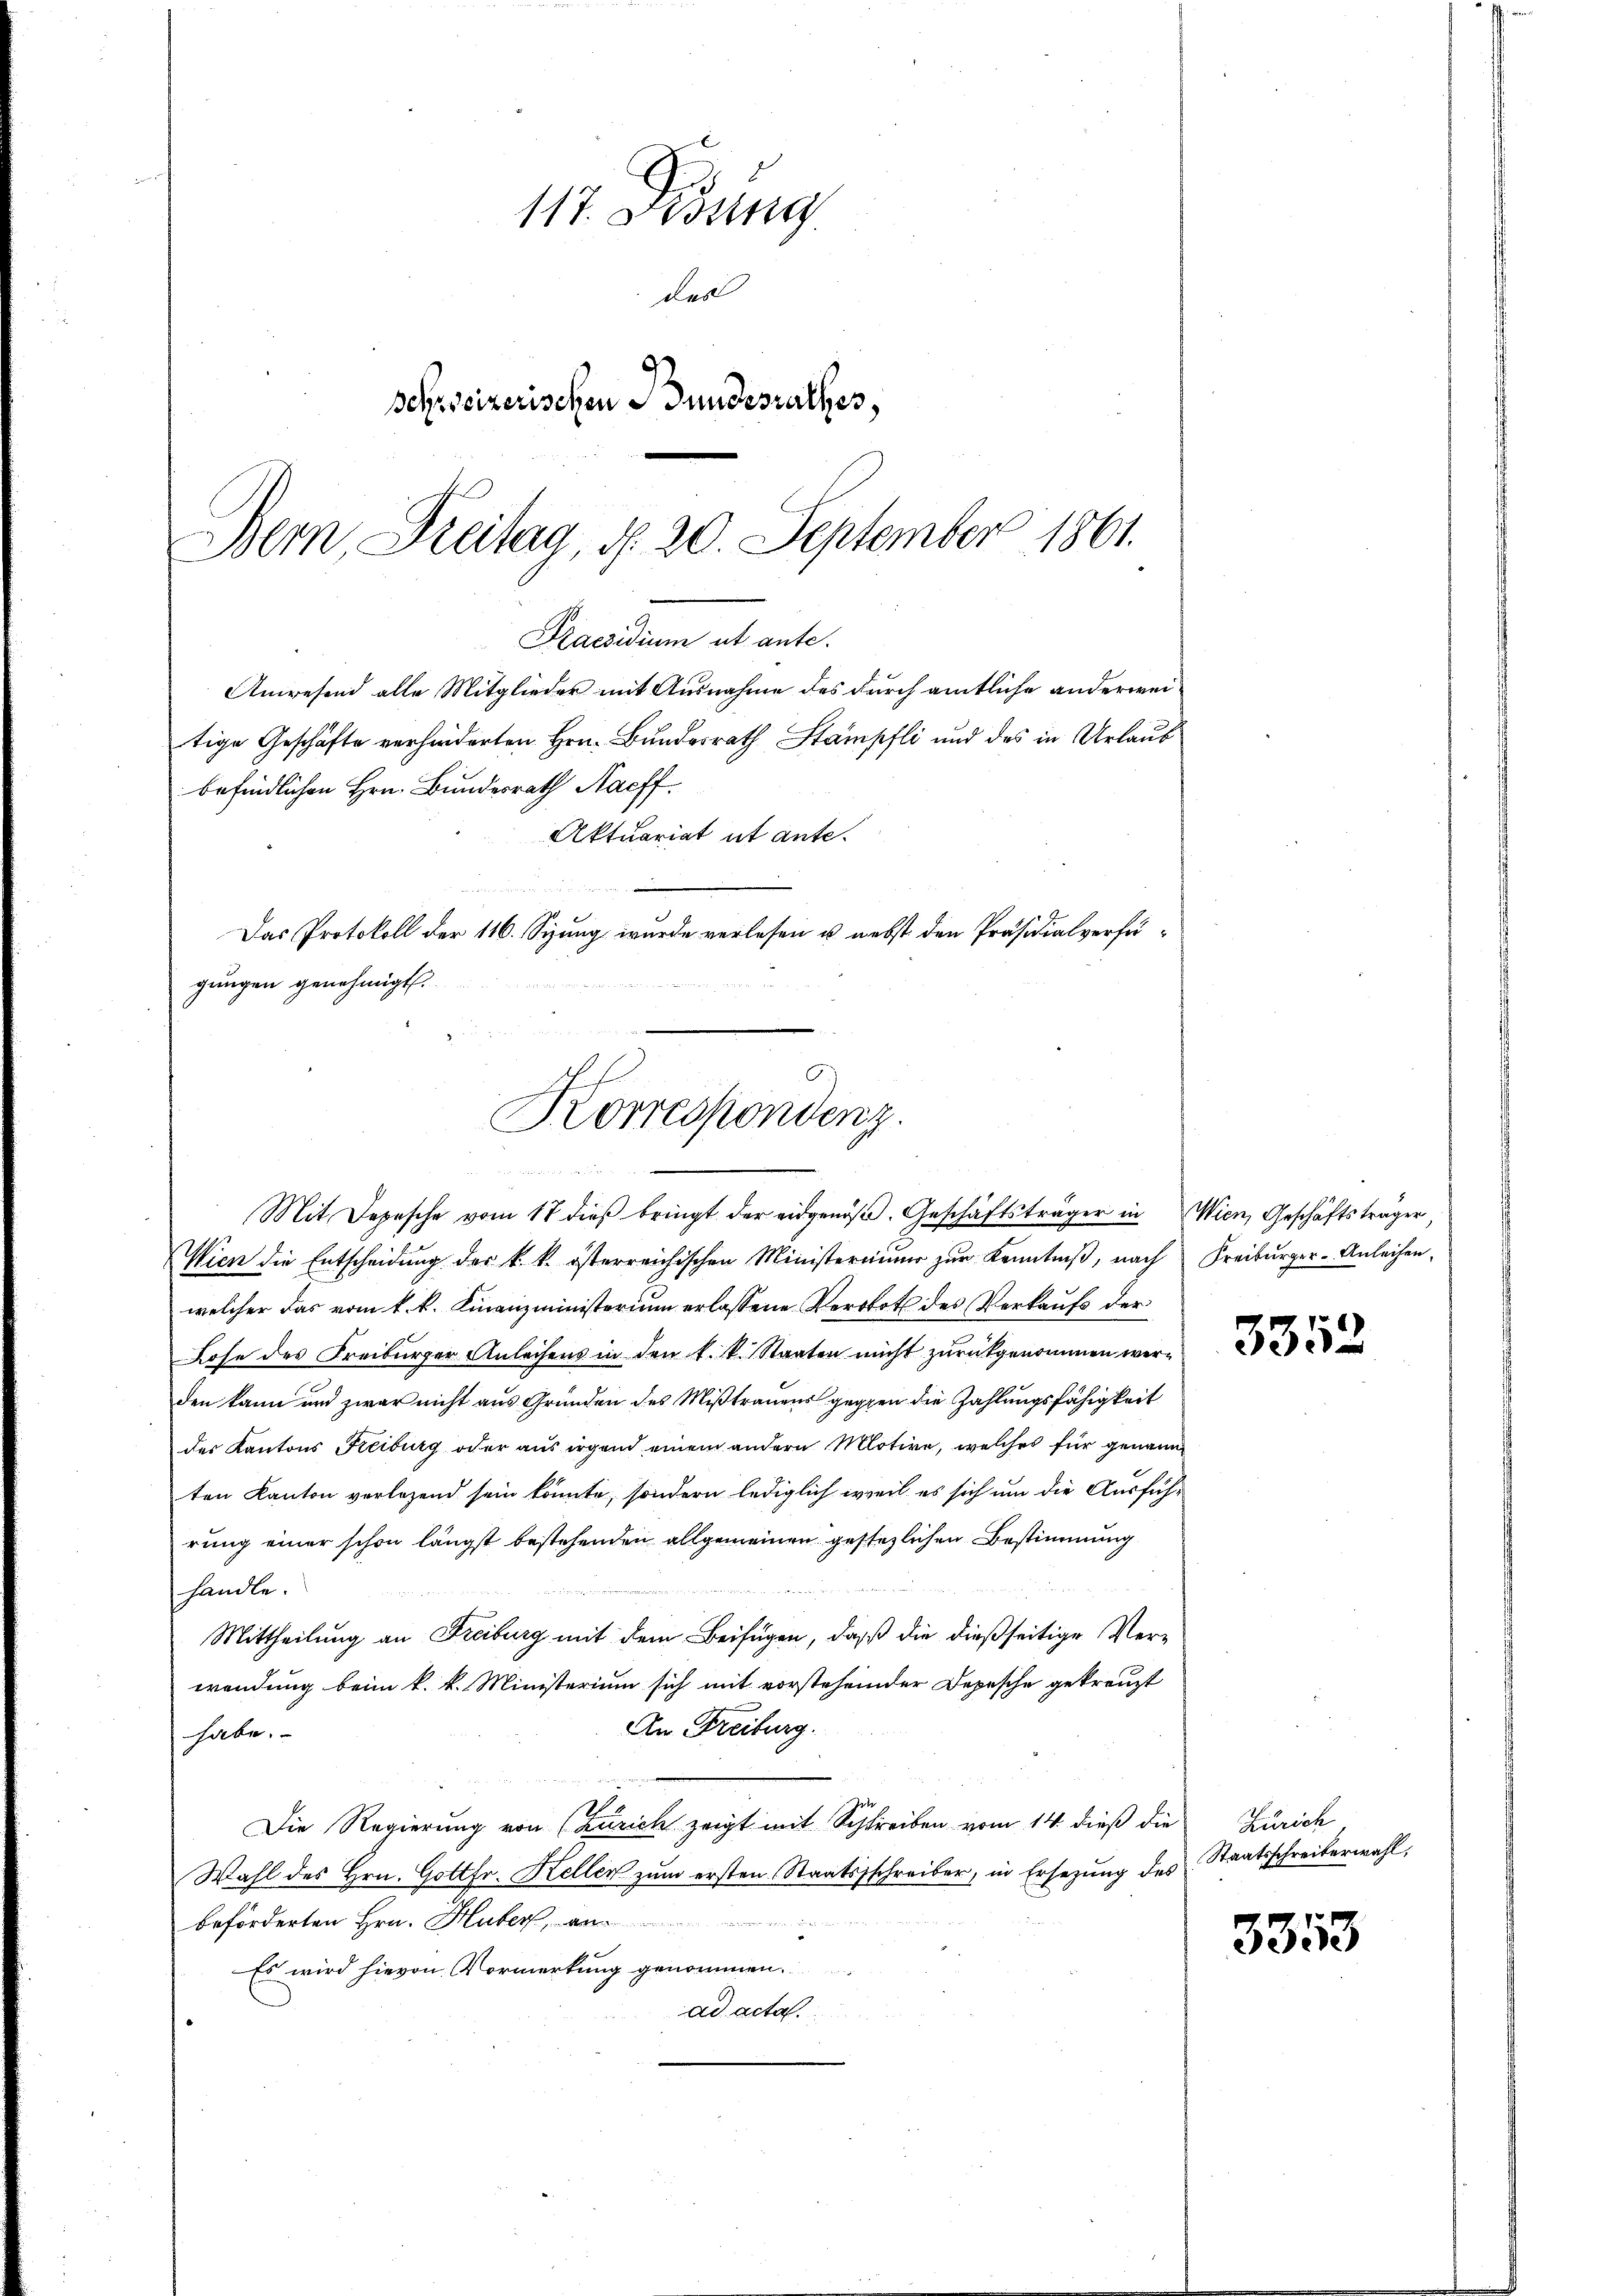
117. Disung.
des
Sehr seizerischen Bundesrathes,
Bern Freitag, d. 20. September 1861.

Praesidium ut ante.
Anwesend alle Mitglieder mit Ausnahme des durch amtliche anderwei¬
Das Protokoll der 116. Syung, wurde verlesen u. nebst den Präsidialverfügungen genehmigt.
 14 des
A
Korrespondenz.

tige Geschäfte verhanderten Hrn. Bundesrath Stampfli und des in Urlaub
befindlichen Hrn. Bundesrath Nachf
Aktuariat ut ante.

Mit Depesche vom 17 dieß bringt der eidgenoß. Geschäftsträger in Wien, Geschäftsträger,
Wien die Entscheidŭng der k. k. österreichischen Ministeriums zŭr Kenntniβ, nach
welcher das vom k. k. Finanzministerium erlassene Verbot des Verkaufs der
Lose des Freiburger Anleihens in den k. k. Staaten nicht zurückgenommen werden kann und zwar nicht aus Gründen des Mißtrauens gegen die Zahlungsfähigkeit
der Kantons Reiburg oder aus irgend einem andern Motive, welches für genann
ten Kanton verlesend sein könnte, sondern lediglich weil es sich um die Ausführung einer schon längst bestehenden allgemeinen gestehlichen Bestimmung
handle.
Mittheilung an Freiburg mit dem Beifügen, daß die dießseitige Verwendung beim k. k. Ministerium sich mit vorstehender Depesche gekreuzt
An Freiburg.
habe.
Die Regierung von (Zürich zeigt mit Schreiben vom 14. dieß die
Wahl des Hrn. Gottfr. Keller zum ersten Staatsschreiber, in Ersezung des Staatsschreiberwahl,
beforderten Hrn. Huber
Es wird hievon Vormerkung genommen.
ad acta.

Freiburger-Anleihen.

3352

Zürich

3353